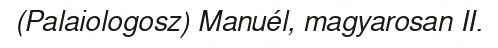
(Palaiologosz) Manuél, magyarosan II.